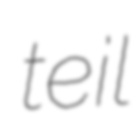
teil